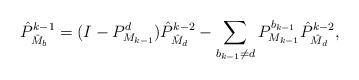
LaTeX: \begin{align*}{\hat P}^{k-1}_{{\hat M}_b}=(I-P^d_{M_{k-1}}){\hat P}^{k-2}_{{\hat M}_d}-\sum_{b_{k-1}\ne d} P^{b_{k-1}}_{M_{k-1}}{\hat P}^{k-2}_{{\hat M}_d},\end{align*}